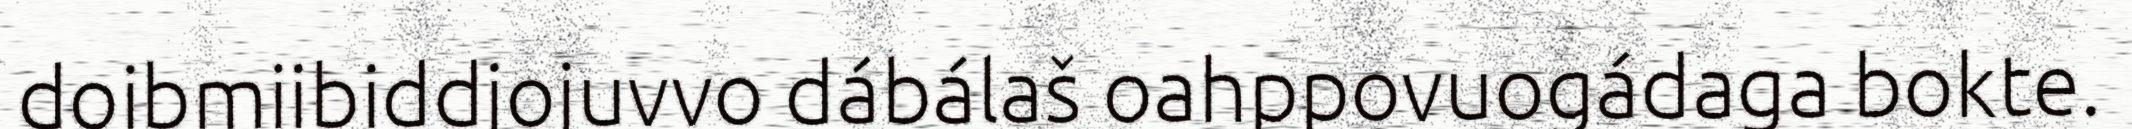
doibmiibiddjojuvvo dábálaš oahppovuogádaga bokte.